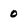
Character: o